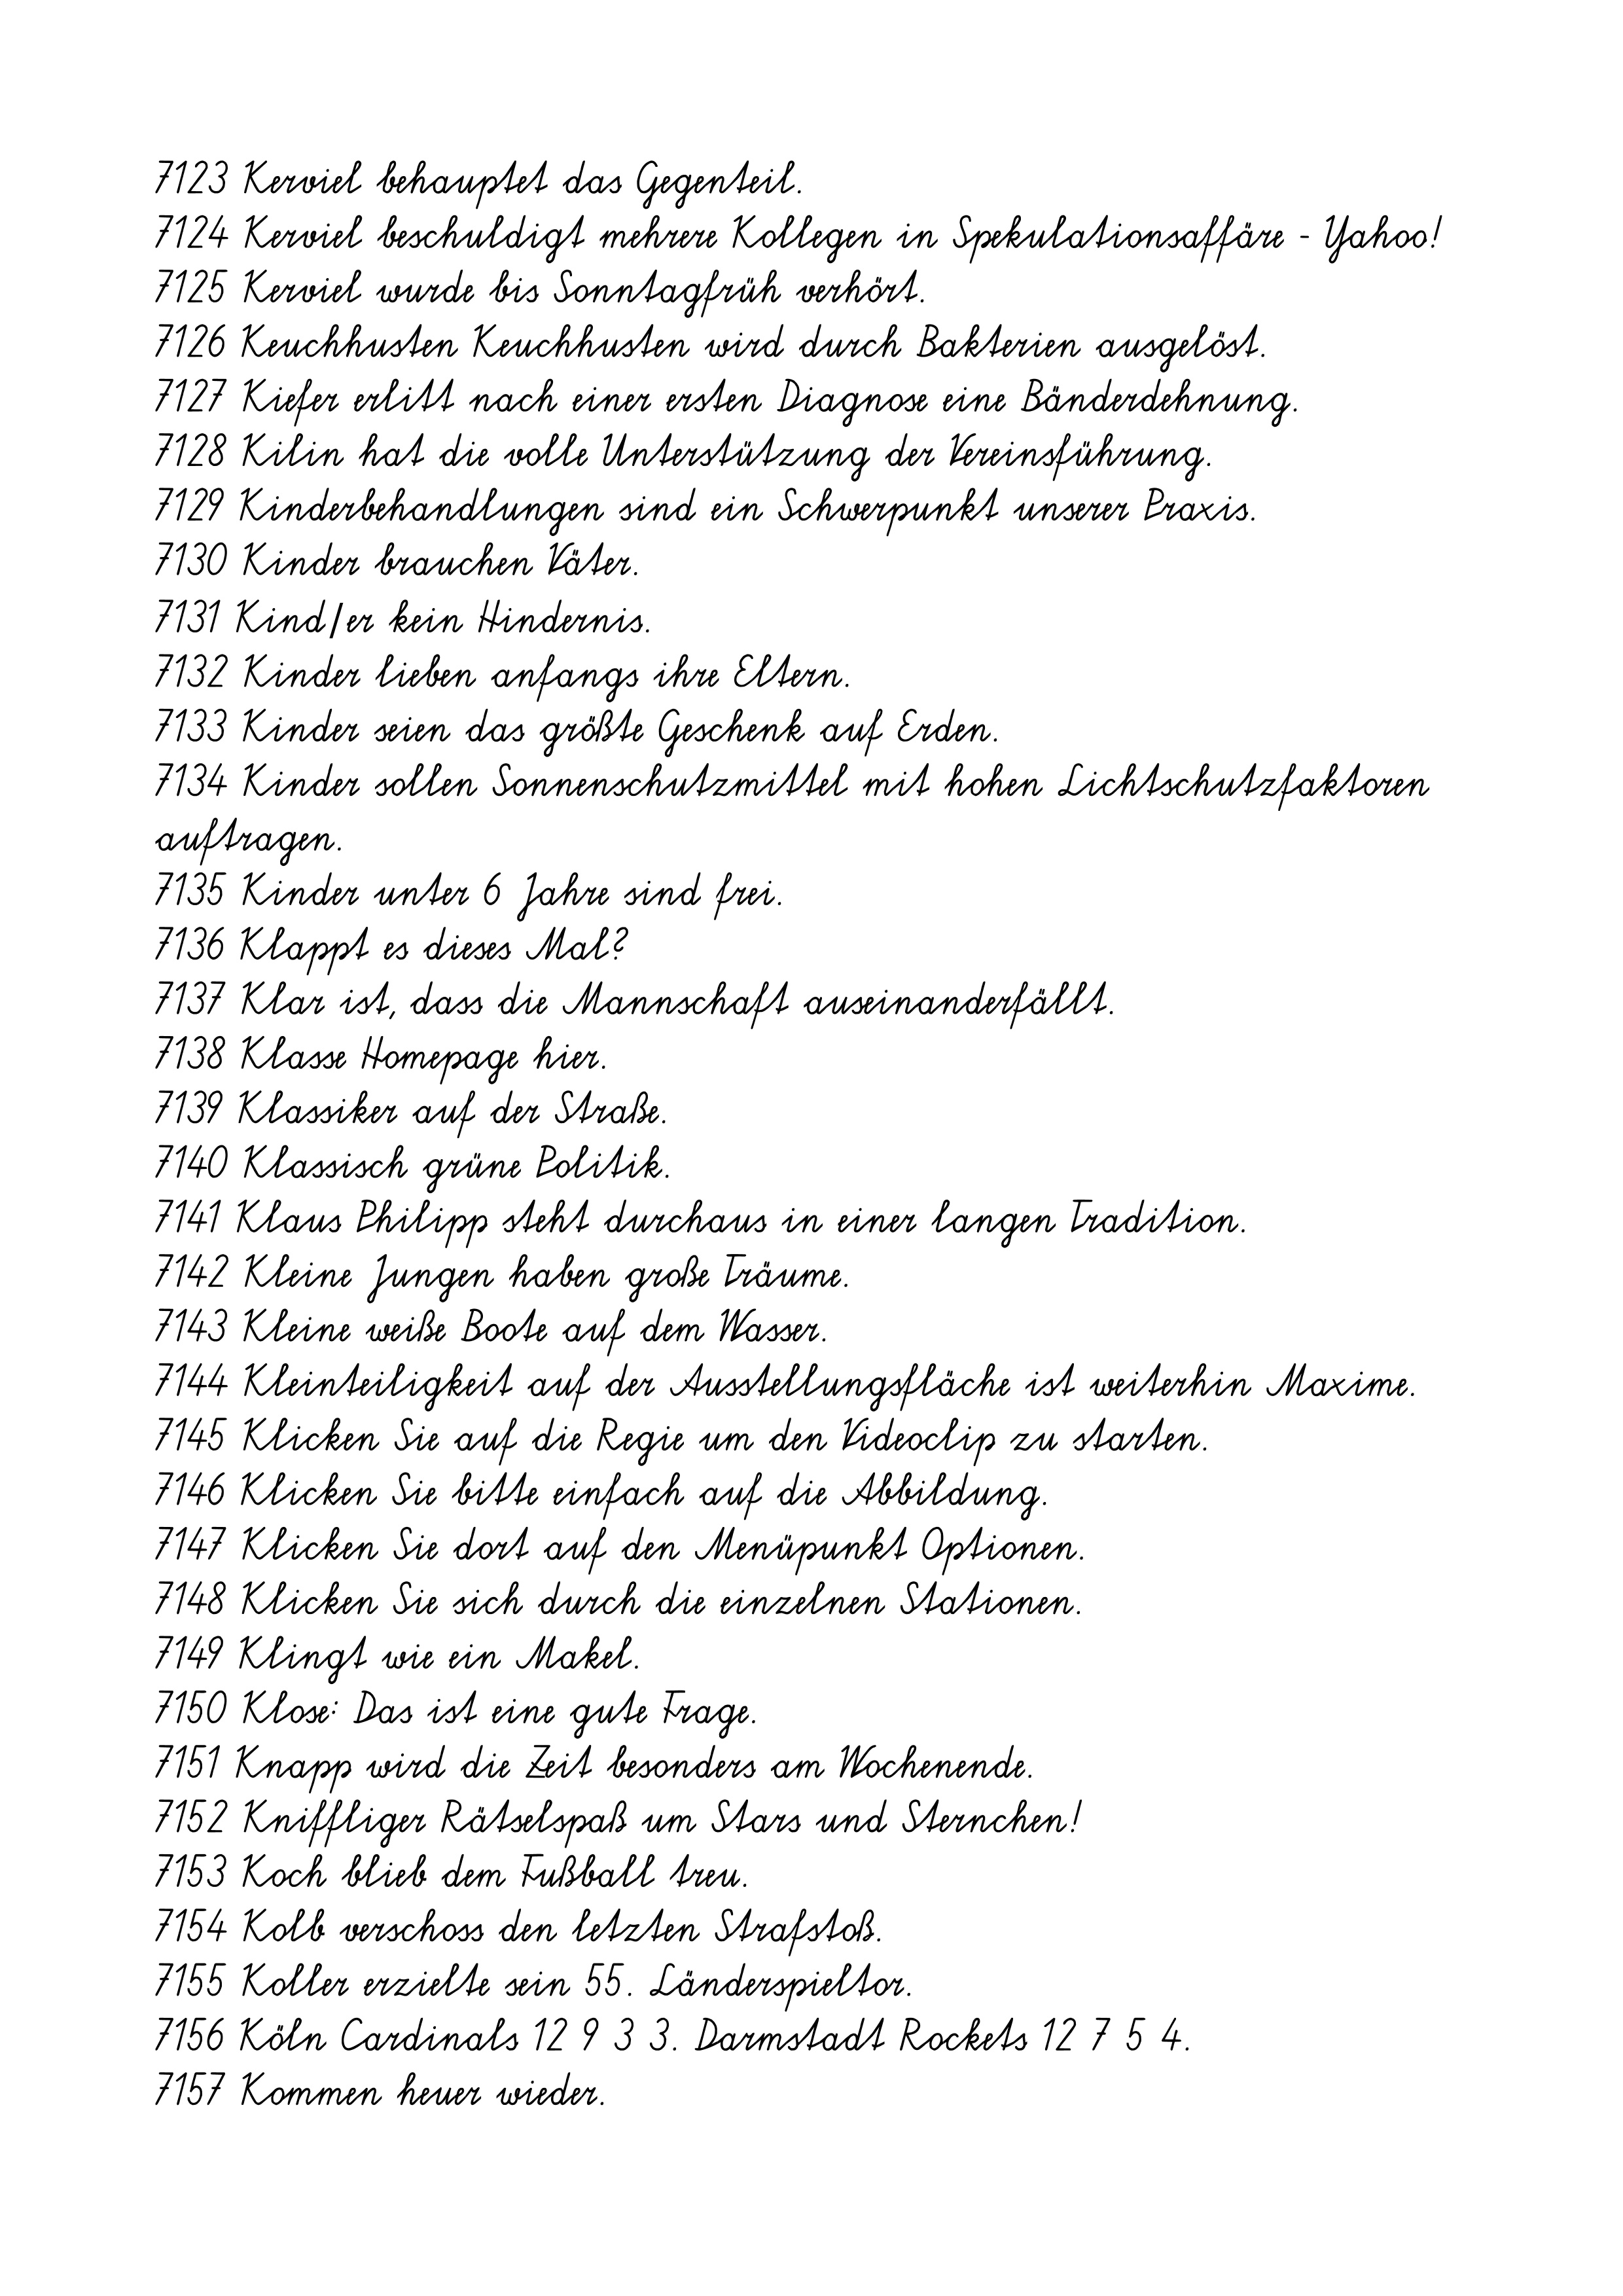
7123 Kerviel behauptet das Gegenteil.
7124 Kerviel beschuldigt mehrere Kollegen in Spekulationsaffäre - Yahoo!
7125 Kerviel wurde bis Sonntagfrüh verhört.
7126 Keuchhusten Keuchhusten wird durch Bakterien ausgelöst.
7127 Kiefer erlitt nach einer ersten Diagnose eine Bänderdehnung.
7128 Kilin hat die volle Unterstützung der Vereinsführung.
7129 Kinderbehandlungen sind ein Schwerpunkt unserer Praxis.
7130 Kinder brauchen Väter.
7131 Kind/er kein Hindernis.
7132 Kinder lieben anfangs ihre Eltern.
7133 Kinder seien das größte Geschenk auf Erden.
7134 Kinder sollen Sonnenschutzmittel mit hohen Lichtschutzfaktoren
auftragen.
7135 Kinder unter 6 Jahre sind frei.
7136 Klappt es dieses Mal?
7137 Klar ist, dass die Mannschaft auseinanderfällt.
7138 Klasse Homepage hier.
7139 Klassiker auf der Straße.
7140 Klassisch grüne Politik.
7141 Klaus Philipp steht durchaus in einer langen Tradition.
7142 Kleine Jungen haben große Träume.
7143 Kleine weiße Boote auf dem Wasser.
7144 Kleinteiligkeit auf der Ausstellungsfläche ist weiterhin Maxime.
7145 Klicken Sie auf die Regie um den Videoclip zu starten.
7146 Klicken Sie bitte einfach auf die Abbildung.
7147 Klicken Sie dort auf den Menüpunkt Optionen.
7148 Klicken Sie sich durch die einzelnen Stationen.
7149 Klingt wie ein Makel.
7150 Klose: Das ist eine gute Frage.
7151 Knapp wird die Zeit besonders am Wochenende.
7152 Kniffliger Rätselspaß um Stars und Sternchen!
7153 Koch blieb dem Fußball treu.
7154 Kolb verschoss den letzten Strafstoß.
7155 Koller erzielte sein 55. Länderspieltor.
7156 Köln Cardinals 12 9 3 3. Darmstadt Rockets 12 7 5 4.
7157 Kommen heuer wieder.